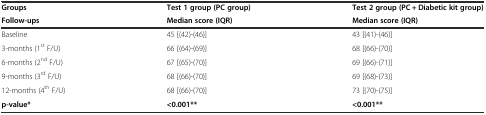
<table><thead><tr><td><b>Groups</b></td><td><b>Test 1 group (PC group)</b></td><td><b>Test 2 group (PC + Diabetic kit group)</b></td></tr><tr><td><b>Follow-ups</b></td><td><b>Median score (IQR)</b></td><td><b>Median score (IQR)</b></td></tr></thead><tbody><tr><td>Baseline</td><td>45 [(42)-(46)]</td><td>43 [(41)-(46)]</td></tr><tr><td>3-months (1<sup>st</sup> F/U)</td><td>66 [(64)-(69)]</td><td>68 [(66)-(70)]</td></tr><tr><td>6-months (2<sup>nd</sup> F/U)</td><td>67 [(65)-(70)]</td><td>69 [(66)-(71)]</td></tr><tr><td>9-months (3<sup>rd</sup> F/U)</td><td>68 [(66)-(70)]</td><td>69 [(68)-(73)]</td></tr><tr><td>12-months (4<sup>th</sup> F/U)</td><td>68 [(66)-(70)]</td><td>73 [(70)-(75)]</td></tr><tr><td><b>p-value*</b></td><td><b>&lt;0.001**</b></td><td><b>&lt;0.001**</b></td></tr></tbody></table>